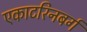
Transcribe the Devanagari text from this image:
एकाटरिनबर्ग